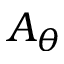
A _ { \theta }